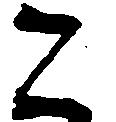
二